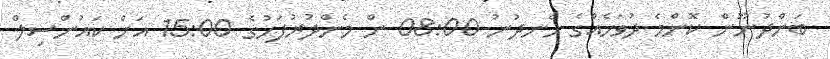
ބަންދުނޫން ކޮންމެ ދުވަހެއްގެ ހެނދުނު 08:00 ން މެންދުރުފަހުގެ 15:00 އަށް ކައުންސިލް